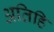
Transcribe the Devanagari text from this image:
अतिहि